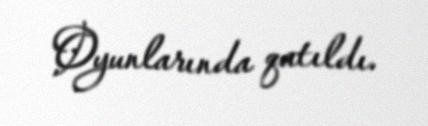
Oyunlarında qatıldı.